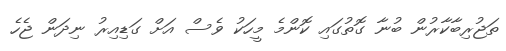
ތަޖުރިބާކާރުން ބުނާ ގޮތުގައި ކޮންމެ މީހަކު ވެސް އަށް ގަޑިއިރު ނިދަން ޖެހެ